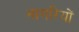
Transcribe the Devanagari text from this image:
नागरियों